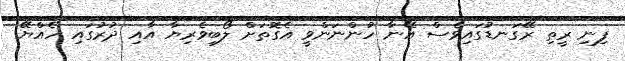
ފިނި ރީތި ރޭގަނޑުގައިވެސް އޭނާ ހުންނަންވީ އެގޮތަށް ލޯބިވެރިޔާ އާއި ދުރުގައި ހެއްޔޭ